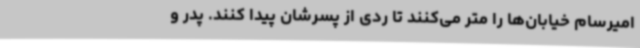
امیرسام خیابان‌ها را متر می‌کنند تا ردی از پسرشان پیدا کنند. پدر و